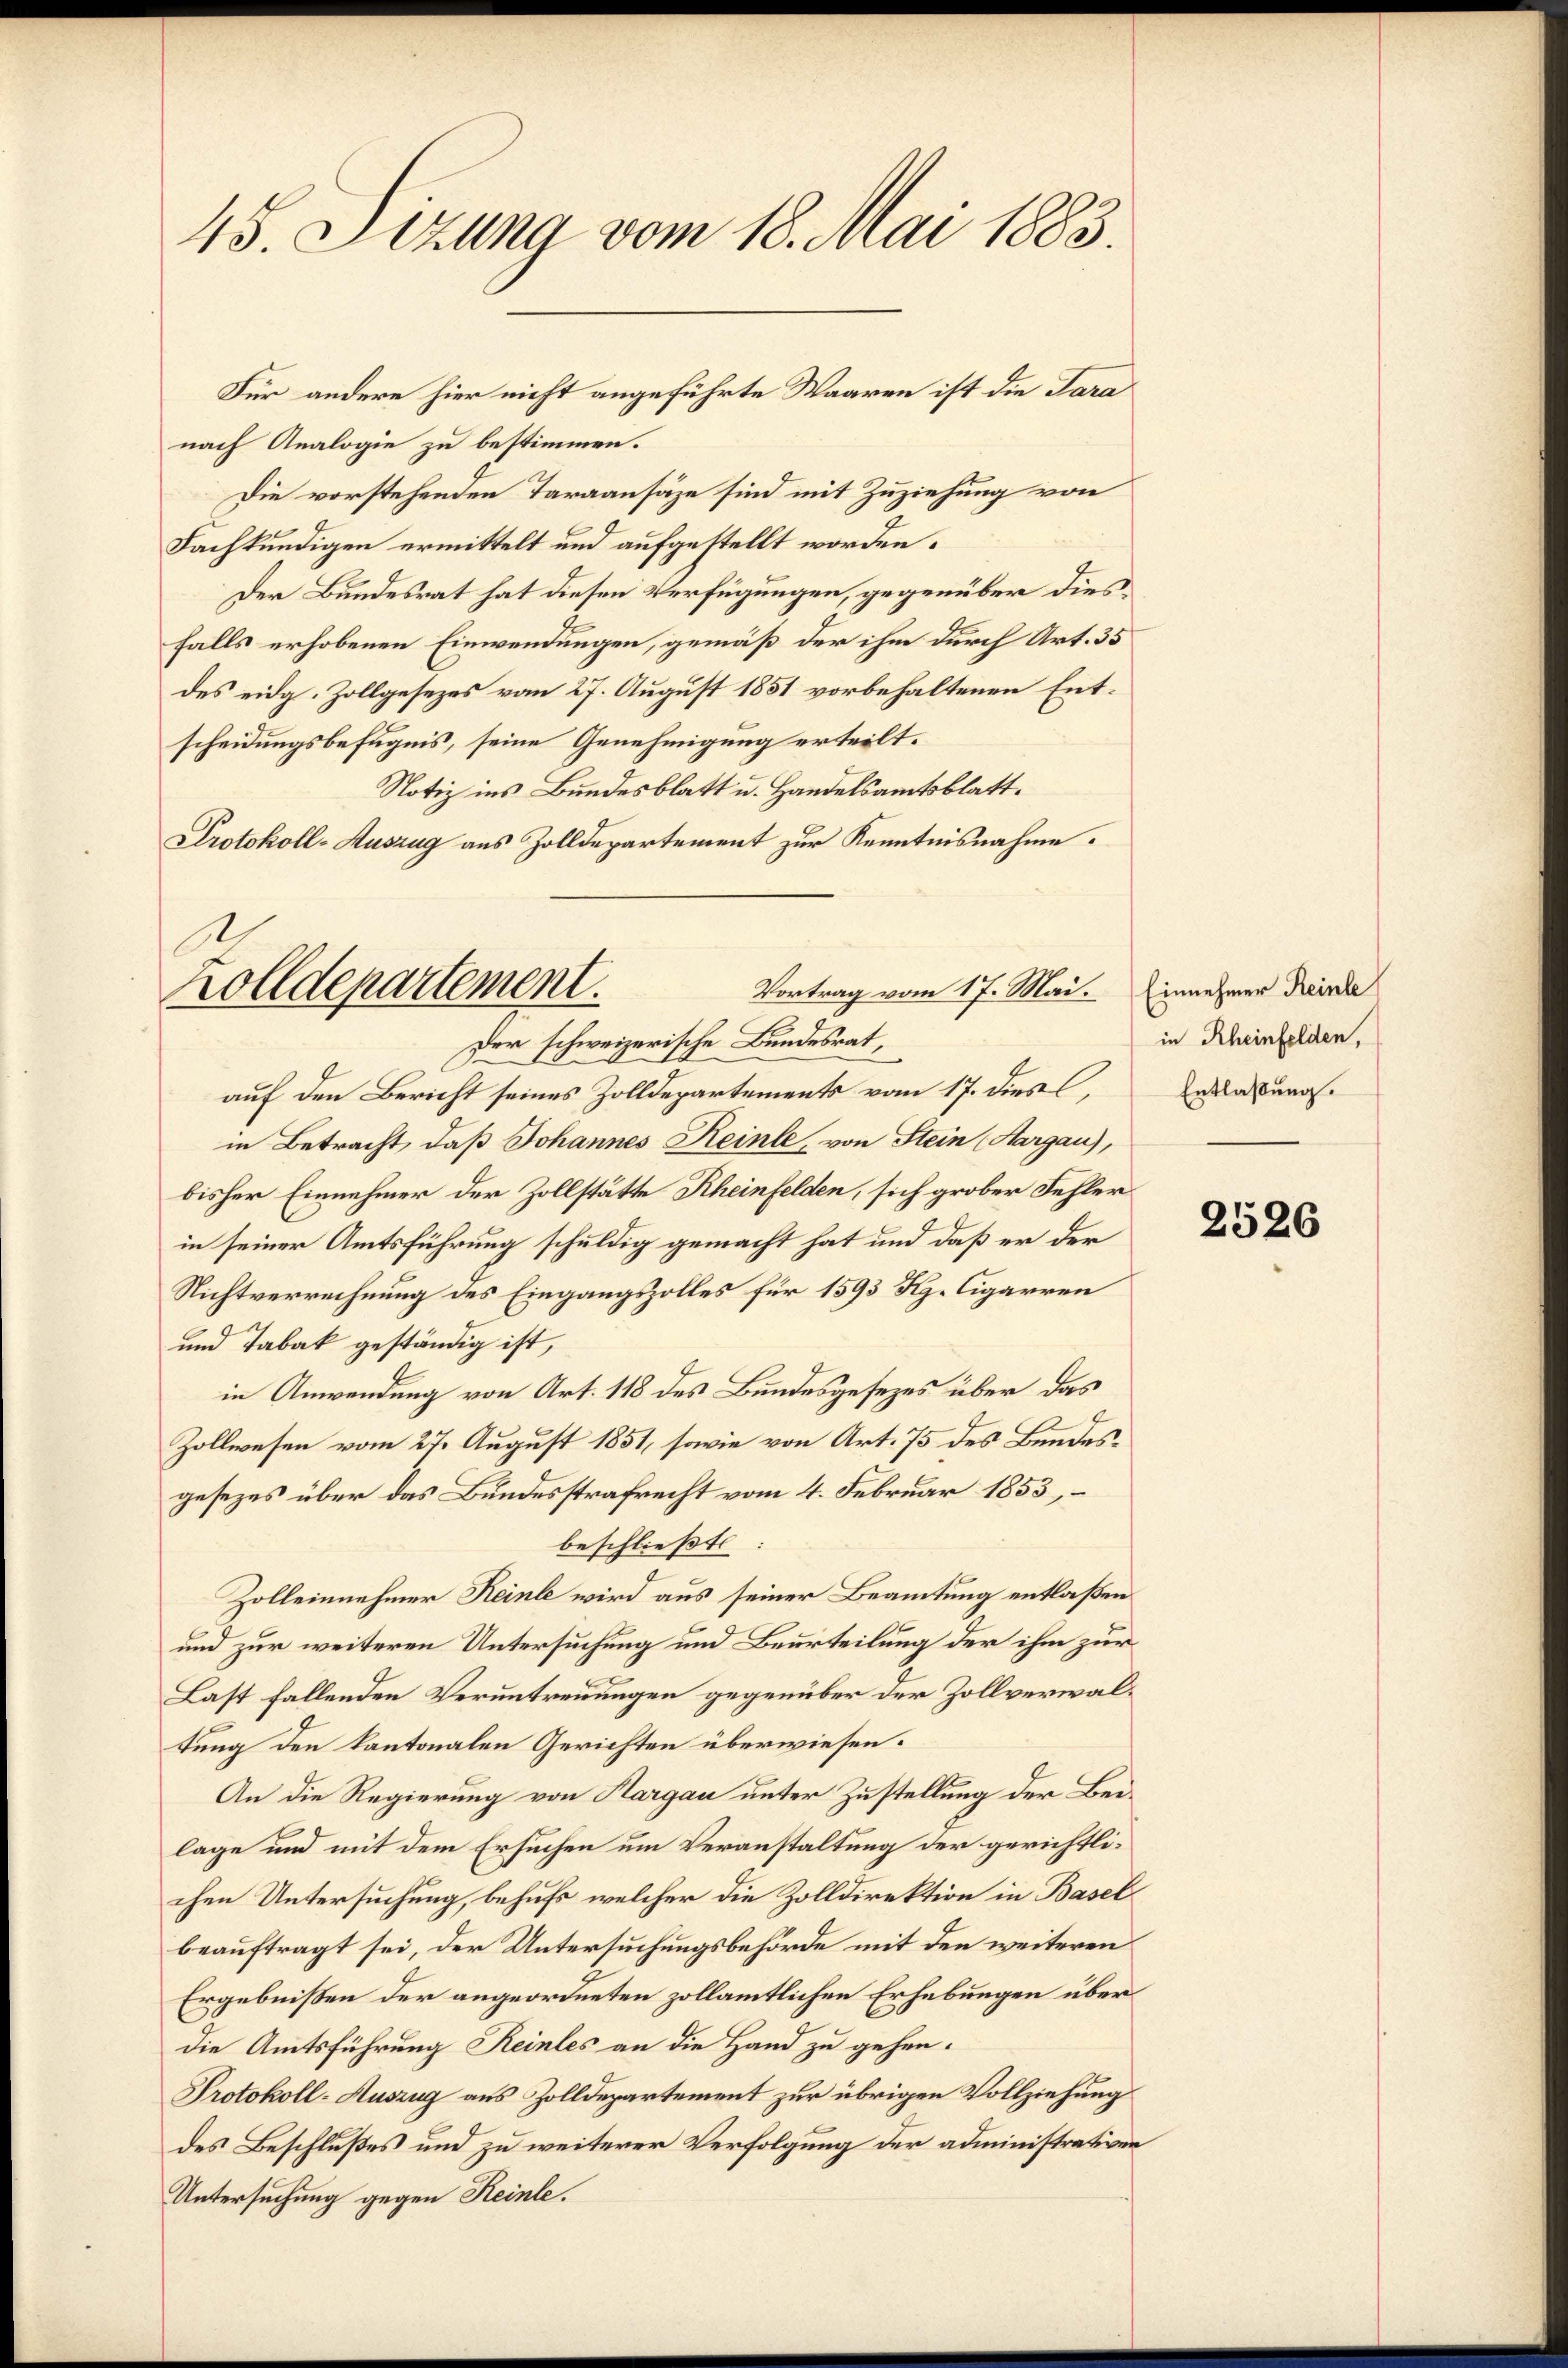
45. Sizung vom 18. Mai 1883.

nach Analogie zu bestimmen.
Die vorstehenden Taraansäze sind mit Zuziehung von
Fachkundigen ermittelt und aufgestellt worden.
Der Bundesrat hat diesen Verfügungen, gegenüber dies
falls erhobenen Einwendungen, gemäß der ihm durch Art. 35
des eidg. Zollgesezes vom 27. August 1851 vorbehaltenen Entscheidungsbefugnis, seine Genehmigung erteilt.
Notiz ins Bundesblatt u. Handelsamtsblatt.
Protokoll-Auszug aus Zolldepartement zur Kenntnisnahme.

Für andere hier nicht angeführte Waaren ist die Para

Vortrag vom 17. Mai.
Zolldepartement.
Der schweizerische Bundesrat,

auf den Bericht seines Zolldepartements vom 17. dies,
in Betracht, daß Johannes Reinle, von Stein Hargau),
bisher Einnehmer der Zollstätte Rheinfelden, sich grober Fehler
in seiner Amtsführung schuldig gemacht hat und daß er der
Nichtverrechnung des Eingangszolles für 1593 Kg. Cigarren
und Tabak geständig ist,
in Anwendung von Art. 118 des Bundesgesezes über das
Zollwesen vom 27. August 1851, sowie von Art. 75 des Bundesgesezes über das Bundesstrafrecht vom 4. Februar 1853,
beschließt:
Zolleinnehmer Reinle wird aus seiner Beamtung entlaßen
und zur weiteren Untersuchung und Beurteilung der ihm zur
Last fallenden Veruntreuungen gegenüber der Zollverwaltung den kantonalen Gerichten überwiesen.
An die Regierung von Aargau unter Zustellung der Beilage und mit dem Ersuchen um Veranstaltung der gerichtlichen Untersuchung, behufs welcher die Zolldirektion in Basel
beauftragt sei, der Untersuchungsbehörde mit den weiteren
Ergebnißen der angeordneten zollamtlichen Erhebungen über
die Amtsführung Reinles an die Hand zu gehen.
Protokoll-Auszug aus Zolldepartement zur übrigen Vollziehung
des Beschlußes und zu weiterer Verfolgung der administrativen
Untersuchung gegen Reinle.

Einnehmer Reinle
in Rheinfelden,
Entlaßung.

2526